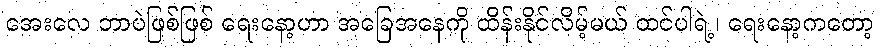
အေးလေ ဘာပဲဖြစ်ဖြစ် ရေးနော့ဟာ အခြေအနေကို ထိန်းနိုင်လိမ့်မယ် ထင်ပါရဲ့၊ ရေးနော့ကတော့